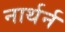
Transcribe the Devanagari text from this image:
नार्थर्न